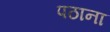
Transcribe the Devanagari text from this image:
पठाना